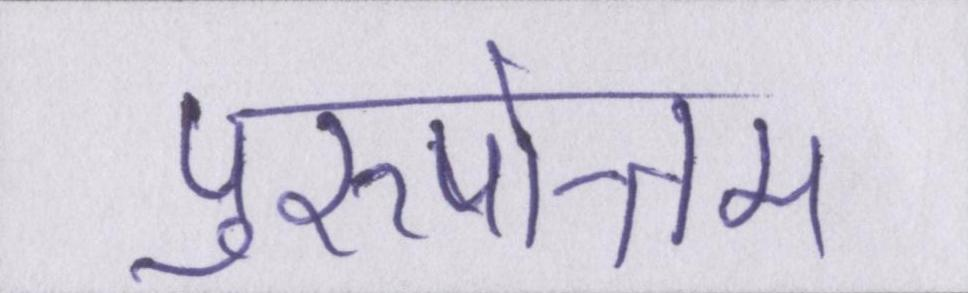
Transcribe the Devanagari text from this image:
पुरुषोत्तम